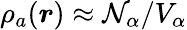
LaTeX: \rho_{a}(\boldsymbol{r})\approx\mathcal{N}_{\alpha}/V_{\alpha}